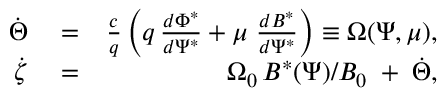
\begin{array} { r l r } { \dot { \Theta } } & { { } = } & { \frac { c } { q } \left( q \, \frac { d \Phi ^ { * } } { d \Psi ^ { * } } + \mu \; \frac { d B ^ { * } } { d \Psi ^ { * } } \right) \equiv \Omega ( \Psi , \mu ) , } \\ { \dot { \zeta } } & { { } = } & { \Omega _ { 0 } \, B ^ { * } ( \Psi ) / B _ { 0 } \; + \; \dot { \Theta } , } \end{array}